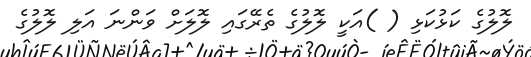
ލޮލުގެ ކަޅުކަޅި ( )އަކީ ލޮލުގެ ތެރޭގައި ލޮލަށް ވަންނަ އަލި ލޮލުގެ